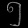
Digit: ၅